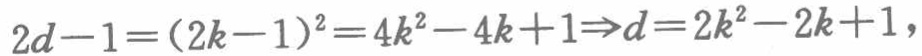
$2d - 1=(2k - 1)^2=4k^{2}-4k + 1\Rightarrow d = 2k^{2}-2k + 1,$